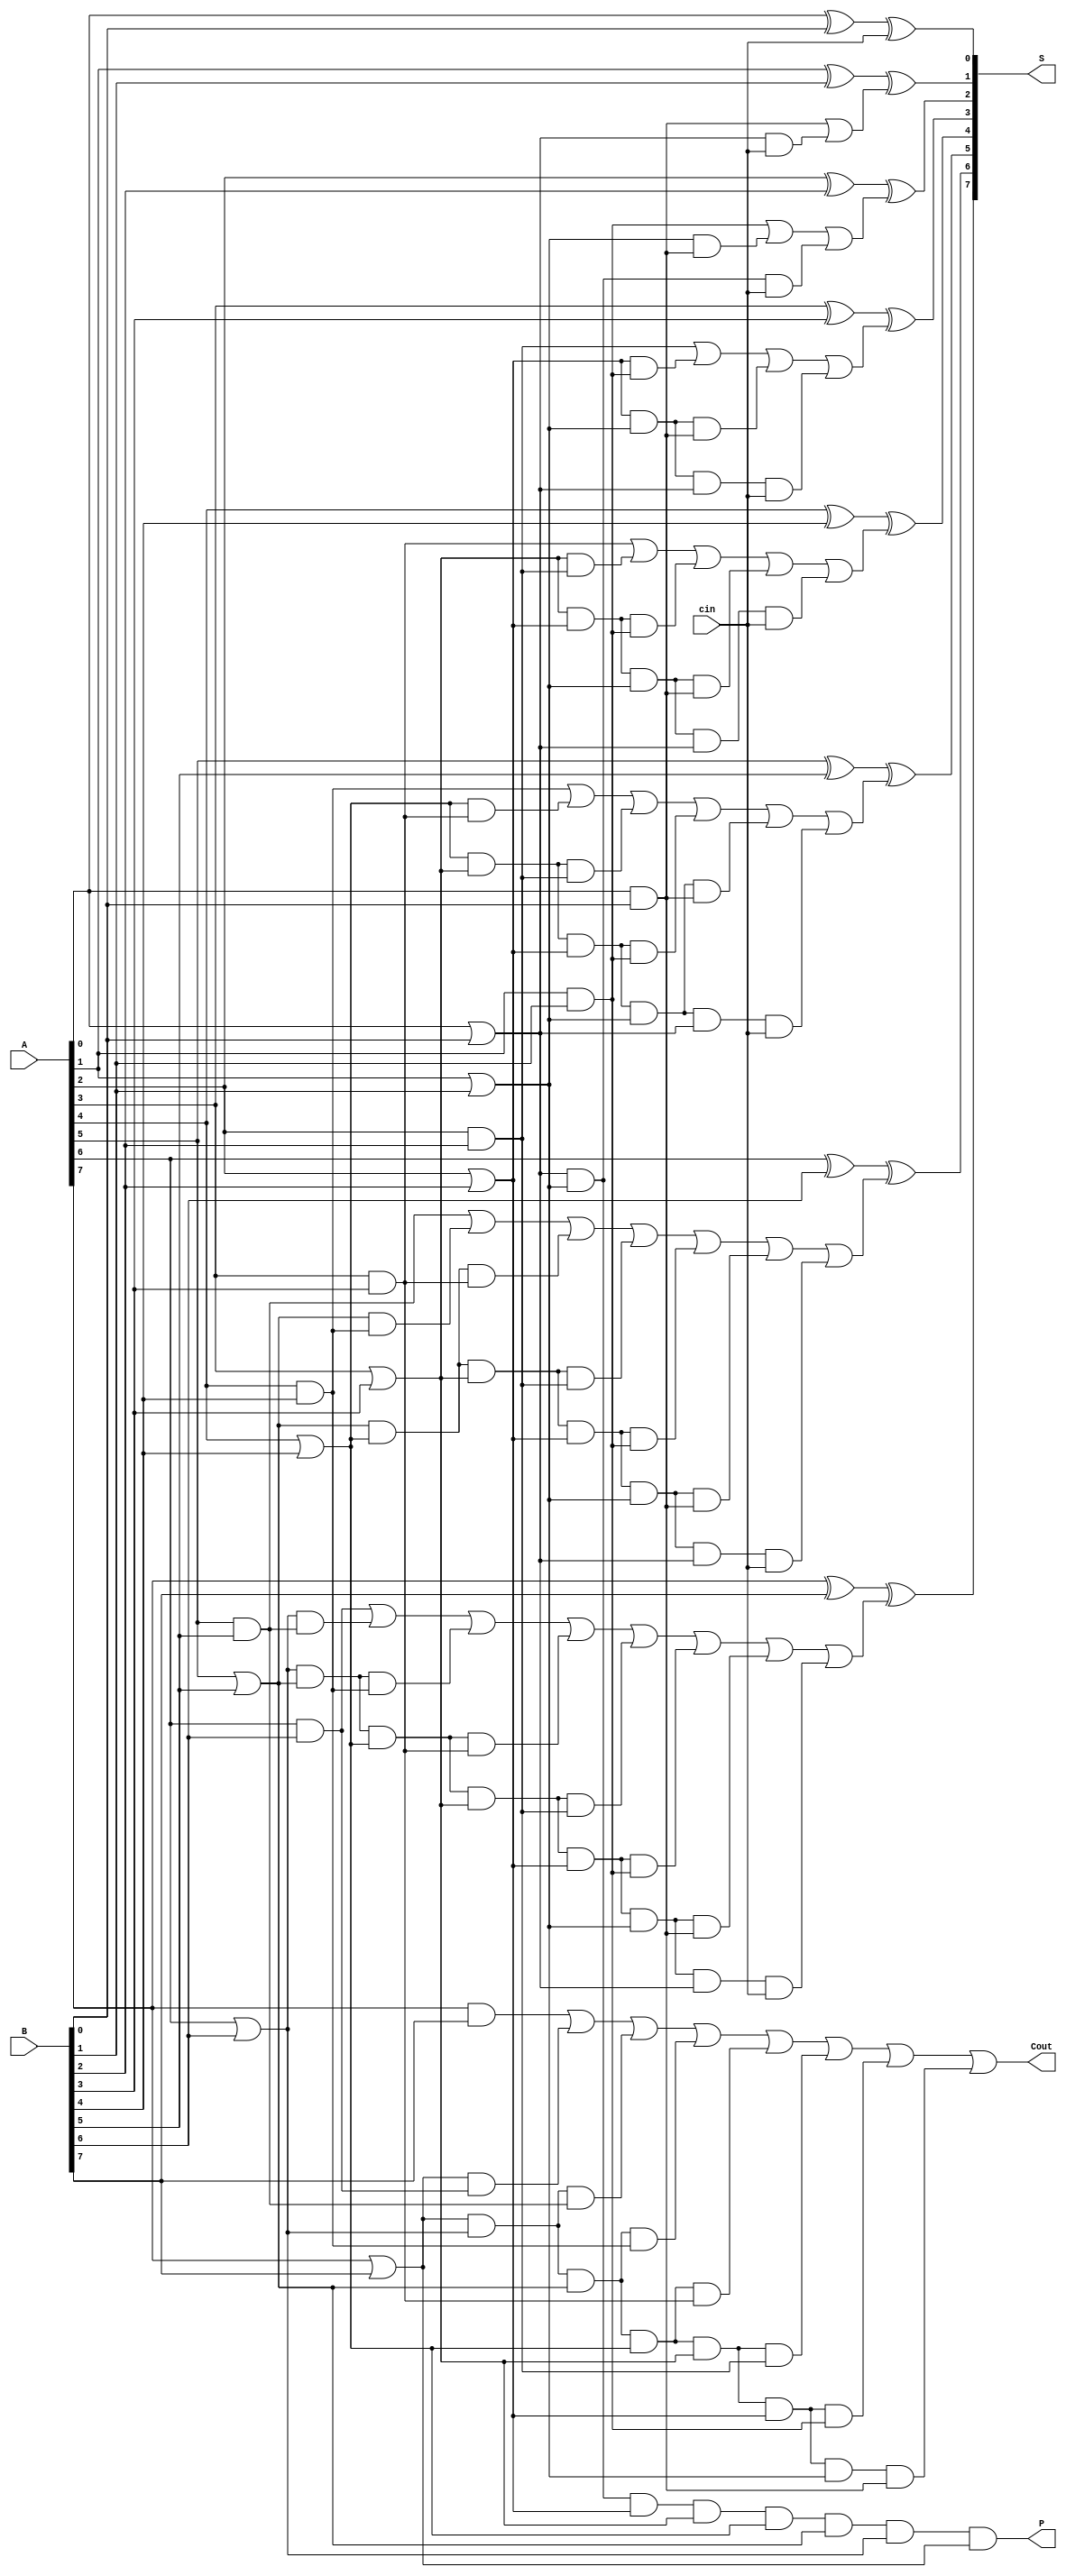
module eightbitlookahead(S,A,B,Cout, cin,P);
  input [7:0]A;
  input [7:0]B;
  input cin;
  output [7:0]S;
  output Cout;
  output P;
  wire p0,g0,p0c0,carrybit1,p1,g1,p1g0,p1p0c0,carrybit2;
  wire p2,g2,p2g1,p2p1g0,p2p1p0c0,carrybit3;
  wire p3,g3,p3g2,p3p2g1,p3p2p1g0,p3p2p1p0c0,carrybit4;
  wire carrybit5,p4g3,p4p3g2,p4p3p2g1, p4p3p2p1g0,p4p3p2p1p0c0, p4,g4;
  wire carrybit6,g5,p5g4,p5p4g3,p5p4p3g2,p5p4p3p2g1,p5p4p3p2p1g0,p5p4p3p2p1p0c0,p5;
  wire carrybit7,g6,p6g5,p6p5g4,p6p5p4g3,p6p5p4p3g2,p6p5p4p3p2g1,p6p5p4p3p2p1g0,p6p5p4p3p2p1p0c0,p6;
  wire g7,p7g6,p7p6g5,p7p6p5g4,p7p6p5p4g3,p7p6p5p4p3p2g1,p7p6p5p4p3g2,p7p6p5p4p3p2p1g0,p7p6p5p4p3p2p1p0c0,p7;
  wire a1,a2,a3,a4,a5,a6,a7,a8;
  //first carrybit
  or o1(p0,A[0],B[0]); // p0
  and a109e(p0c0,p0,cin); //p0c0
  and a24e8(g0,A[0],B[0]); //g0
  or o2(carrybit1,g0,p0c0);

  //second
  or o3(p1,A[1],B[1]);
  and a384(g1,A[1],B[1]);
  and a48948(p1g0,p1,g0);
  and a5765(p1p0c0,p1,p0,cin);
  or o4(carrybit2,g1, p1g0,p1p0c0);

  //third
  or o5(p2,A[2],B[2]);
  and a6779(g2,A[2],B[2]);
  and a7976(p2g1,p2,g1);
  and a8777(p2p1g0,p2,p1,g0);
  and a9(p2p1p0c0,p2,p1,p0,cin);
  or o6(carrybit3,g2,p2g1, p2p1g0,p2p1p0c0);

  //fourth
  or o7(p3,A[3],B[3]);
  and a10(g3,A[3],B[3]);
  and a11(p3g2,p3,g2);
  and a12(p3p2g1,p3,p2,g1);
  and a13(p3p2p1g0,p3,p2,p1,g0);
  and a14(p3p2p1p0c0,p3,p2,p1,p0,cin);
  or o8(carrybit4,g3,p3g2,p3p2g1, p3p2p1g0,p3p2p1p0c0);


  //fifth
  or o9(p4,A[4],B[4]);
  and a15(g4,A[4],B[4]);
  and a16(p4g3,p4,g3);
  and a17(p4p3g2,p4,p3,g2);
  and a18(p4p3p2g1,p4,p3,p2,g1);
  and a19(p4p3p2p1g0,p4,p3,p2,p1,g0);
  and a20(p4p3p2p1p0c0,p4,p3,p2,p1,p0,cin);
  or o10(carrybit5,g4,p4g3,p4p3g2,p4p3p2g1, p4p3p2p1g0,p4p3p2p1p0c0);

  //sixth
  or o11(p5,A[5],B[5]);
  and a21(g5,A[5],B[5]);
  and a22(p5g4,p5,g4);
  and a23(p5p4g3,p5,p4,g3);
  and a24(p5p4p3g2,p5,p4,p3,g2);
  and a25(p5p4p3p2g1,p5,p4,p3,p2,g1);
  and a26(p5p4p3p2p1g0,p5,p4,p3,p2,p1,g0);
  and a27(p5p4p3p2p1p0c0,p5,p4,p3,p2,p1,p0,cin);
  or o12(carrybit6,g5,p5g4,p5p4g3,p5p4p3g2,p5p4p3p2g1,p5p4p3p2p1g0,p5p4p3p2p1p0c0);

  //seventh
  or o13(p6,A[6],B[6]);
  and a31(g6,A[6],B[6]);
  and a81(p6g5,p6,g5);
  and a82(p6p5g4,p6,p5,g4);
  and a83(p6p5p4g3,p6,p5,p4,g3);
  and a84(p6p5p4p3g2,p6,p5,p4,p3,g2);
  and a85(p6p5p4p3p2g1,p6,p5,p4,p3,p2,g1);
  and a46(p6p5p4p3p2p1g0,p6,p5,p4,p3,p2,p1,g0);
  and a57(p6p5p4p3p2p1p0c0,p6,p5,p4,p3,p2,p1,p0,cin);
  or o14(carrybit7,g6,p6g5,p6p5g4,p6p5p4g3,p6p5p4p3g2,p6p5p4p3p2g1,p6p5p4p3p2p1g0,p6p5p4p3p2p1p0c0);


  //eighth
  or o15(p7,A[7],B[7]);
  and a39(g7,A[7],B[7]);
  and a866(p7g6,p7,g6);
  and a867(p7p6g5,p7,p6,g5);
  and a868(p7p6p5g4,p7,p6,p5,g4);
  and a861(p7p6p5p4g3,p7,p6,p5,p4,g3);
  and a853(p7p6p5p4p3g2,p7,p6,p5,p4,p3,g2);
  and a834(p7p6p5p4p3p2g1,p7,p6,p5,p4,p3,p2,g1);
  and a434(p7p6p5p4p3p2p1g0,p7,p6,p5,p4,p3,p2,p1,g0);
  //and a556(p7p6p5p4p3p2p1p0c0,p7,p6,p5,p4,p3,p2,p1,p0,cin);
  or o16(Cout,g7,p7g6,p7p6g5,p7p6p5g4,p7p6p5p4g3,p7p6p5p4p3g2,p7p6p5p4p3p2g1,p7p6p5p4p3p2p1g0);

  xor bit1(S[0],A[0],B[0],cin);
  xor bit2(S[1],A[1],B[1],carrybit1);
  xor bit3(S[2],A[2],B[2],carrybit2);
  xor bit4(S[3],A[3],B[3],carrybit3);
  xor bit5(S[4],A[4],B[4],carrybit4);
  xor bit6(S[5],A[5],B[5],carrybit5);
  xor bit7(S[6],A[6],B[6],carrybit6);
  xor bit8(S[7],A[7],B[7],carrybit7);

  and a101(P,p0,p1,p2,p3,p4,p5,p6,p7);

endmodule